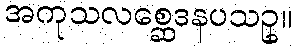
အကုသလစ္ဆေဒနပသဥှ။